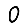
Digit: 0